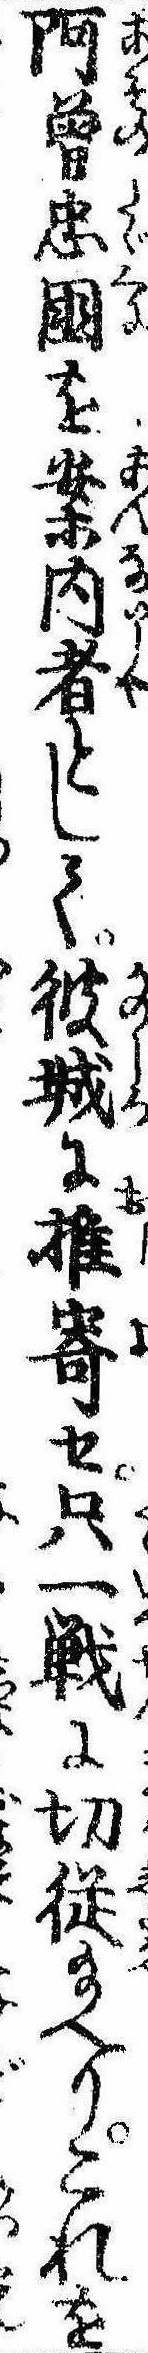
阿曽忠国を案内者として彼城に推寄せ只一戦に切従給へりこれを